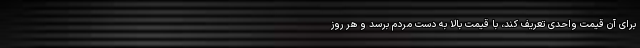
برای آن قیمت واحدی تعریف کند، با قیمت بالا به دست مردم برسد و هر روز